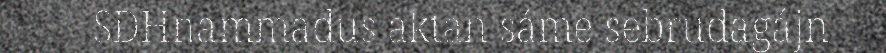
SDHnammadus aktan sáme sebrudagájn